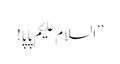
’’السلام علیکم پاپا!